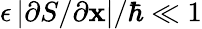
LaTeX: \epsilon\left|\partial S/\partial\mathbf{x}\right|/\hbar\ll 1